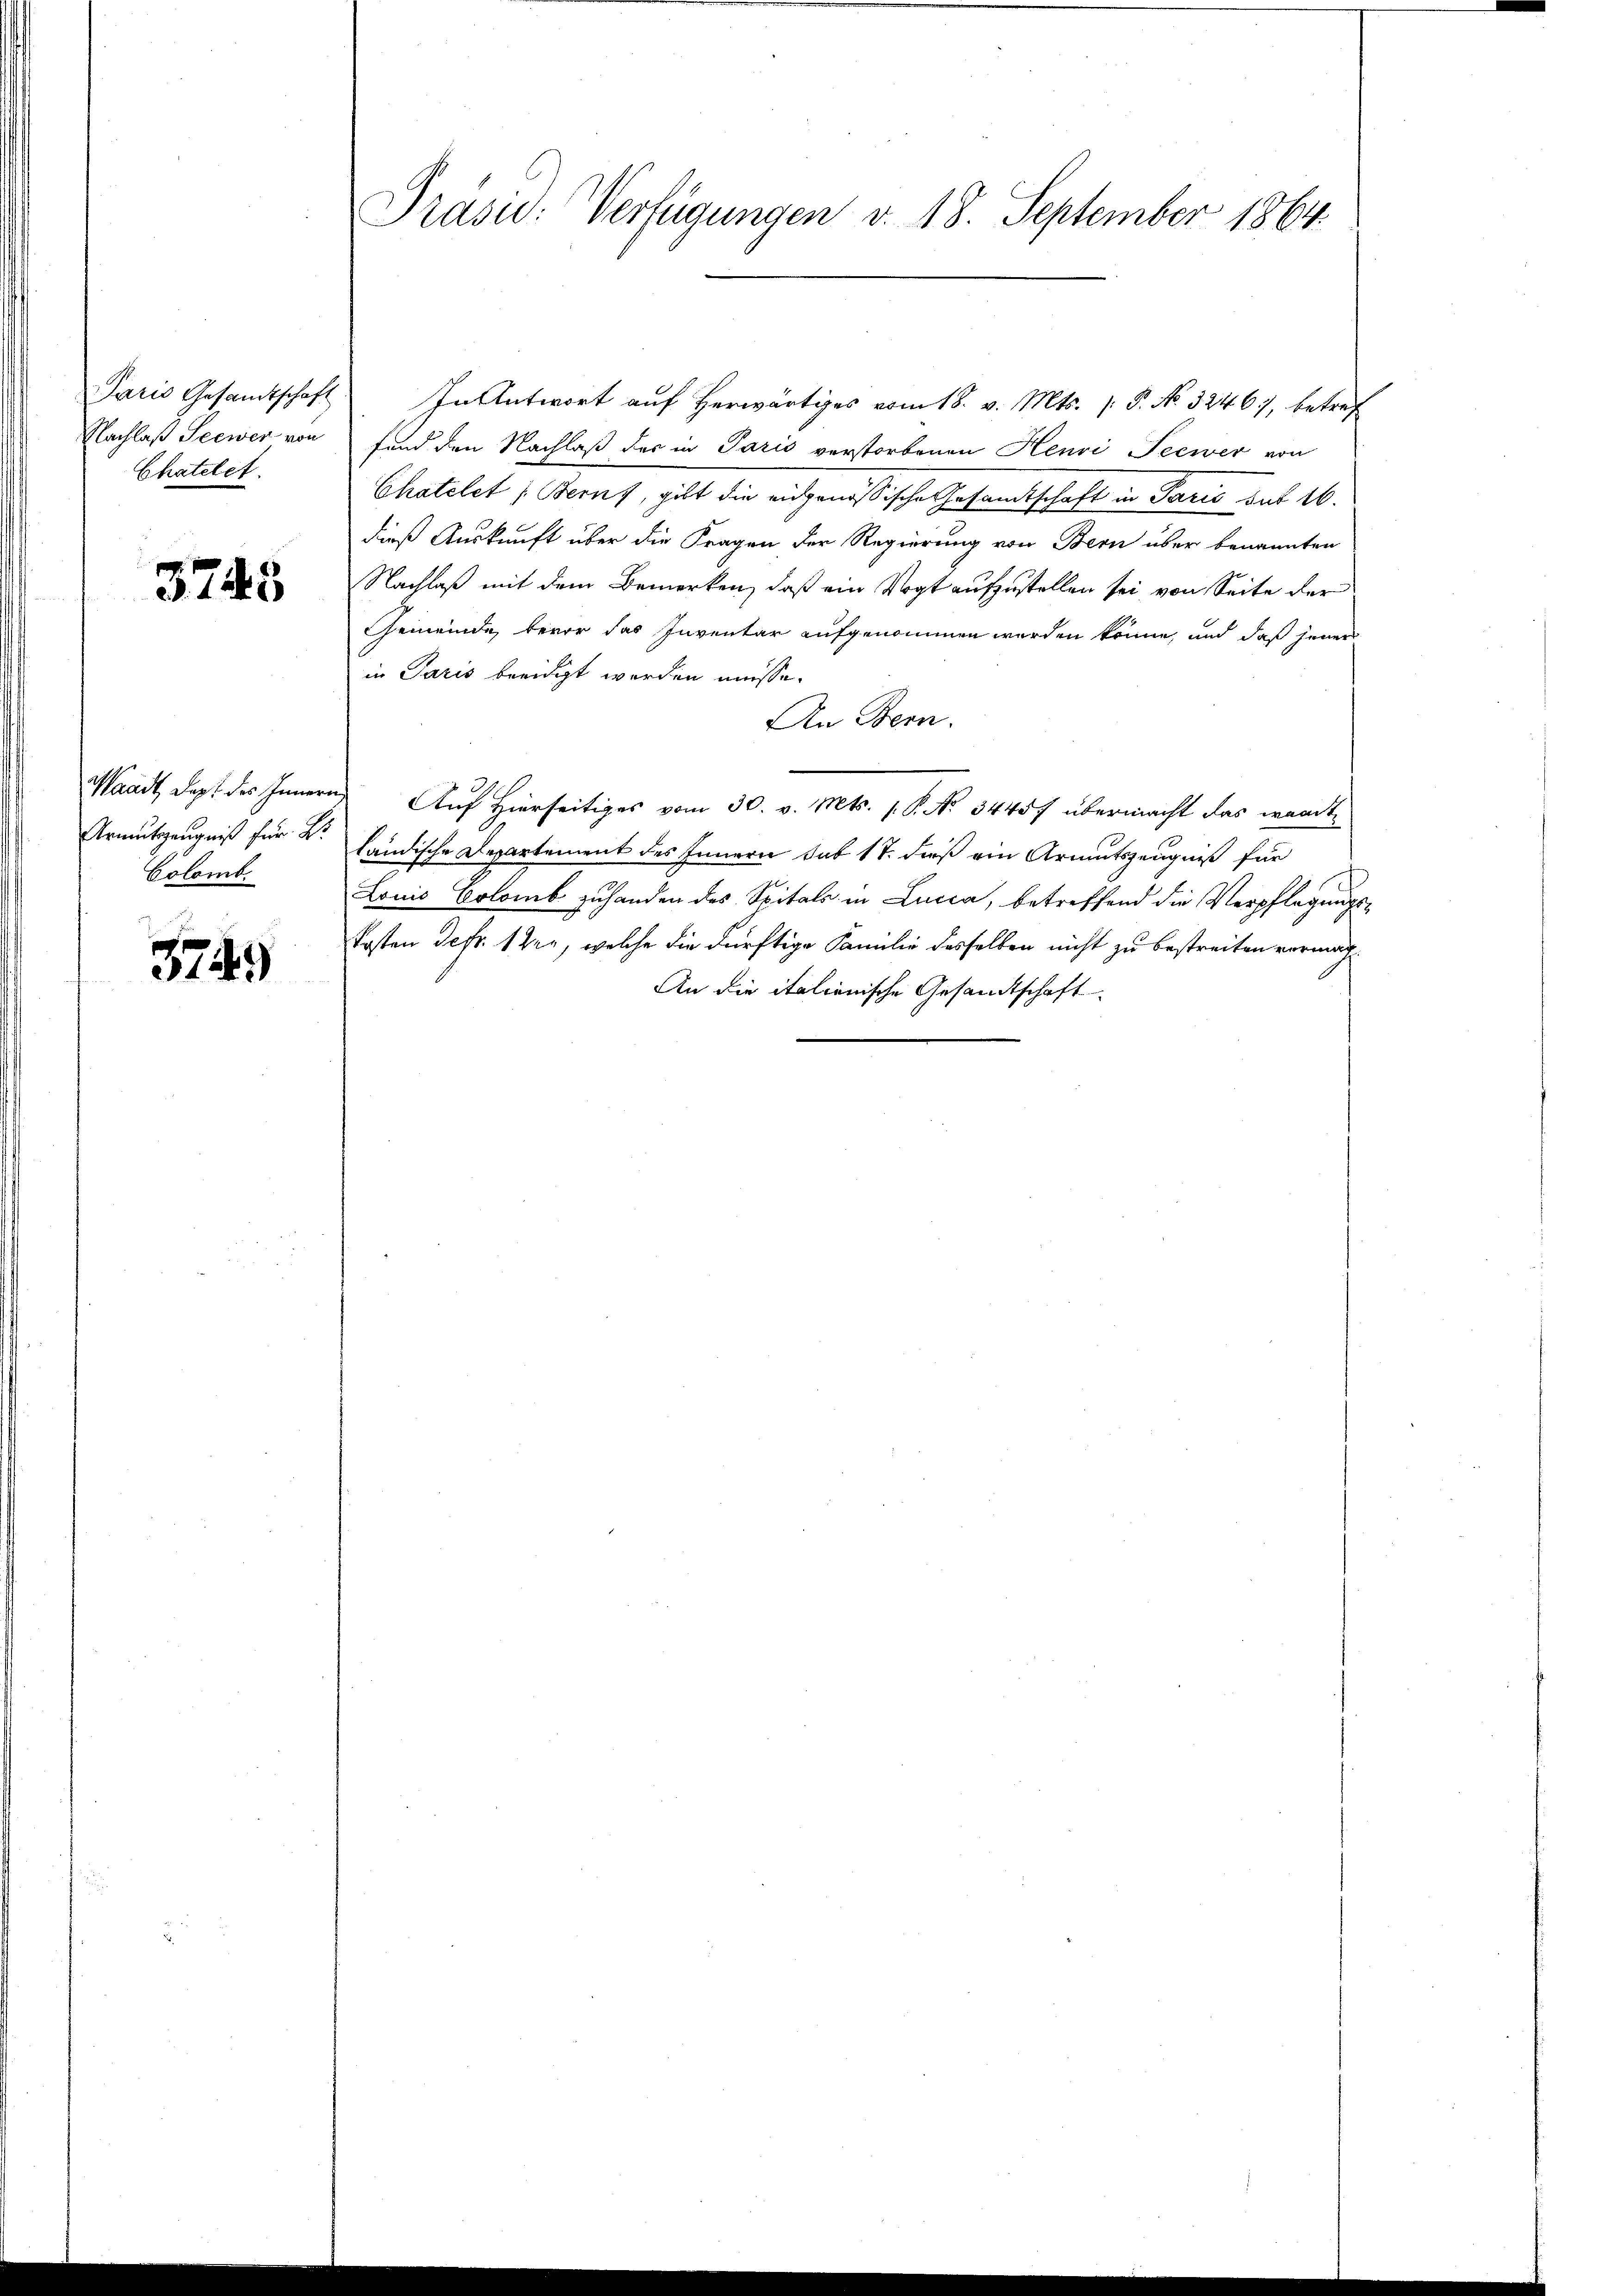
Paris Gesamtschaft
Nachlaß Seewer von
Chatelet.

3745

Colomb.

3749)

Präsid. Verfügungen v. 18. September 1864.

In Antwort auf Herwärtiges vom 18. v. Mts. P. No 3246, betref
fund den Nachlaß der in Paris verstorbenen Henri Seewer von
Chatelet (Berns, gilt die eidgenößische Gesandtschaft in Paris but 16.
dieß Auskunft über die Fragen der Regierung von Bern über benannten
Nachlaß mit dem Bemerken, daß ein Vogt aufzustellen sei von Seite der
Gemeinde, bevor das Inventar aufgenommen werden könne, und daß jener
in Paris beeidigt werden müsse.
An Bern.
Waadt dest des Innern, Auf Hierseitiges vom 30. v. Mts. 1. P. No 34457 übermacht das wandte
Armutszeugniß für 4. ländische Departement des Innern sub 17. dieß ein Armutszeugniß für
Louis Colomb zuhanden des Spitals in Lucca, betreffend die Verpflegungs¬
Kosten Defr. 1 der, welche die dürftige Familie desselben nicht zu bestreiten vermach¬
An die italienische Gesandtschaft